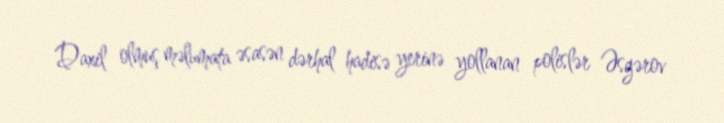
Daxil olmuş məlumata əsasən dərhal hadisə yerinə yollanan polislər Əsgərov